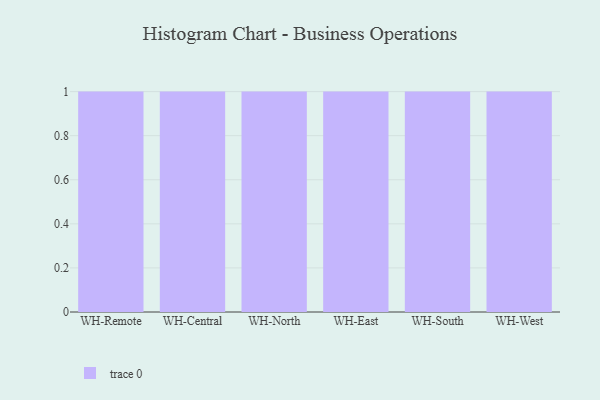
{"axis": {"x": "Warehouse", "y": "Energy Usage (MWh)"}, "legend": [""], "data": [{"x": "WH-Remote", "y": 75, "type": ""}, {"x": "WH-Central", "y": 22, "type": ""}, {"x": "WH-North", "y": 97, "type": ""}, {"x": "WH-East", "y": 75, "type": ""}, {"x": "WH-South", "y": 7, "type": ""}, {"x": "WH-West", "y": 47, "type": ""}]}